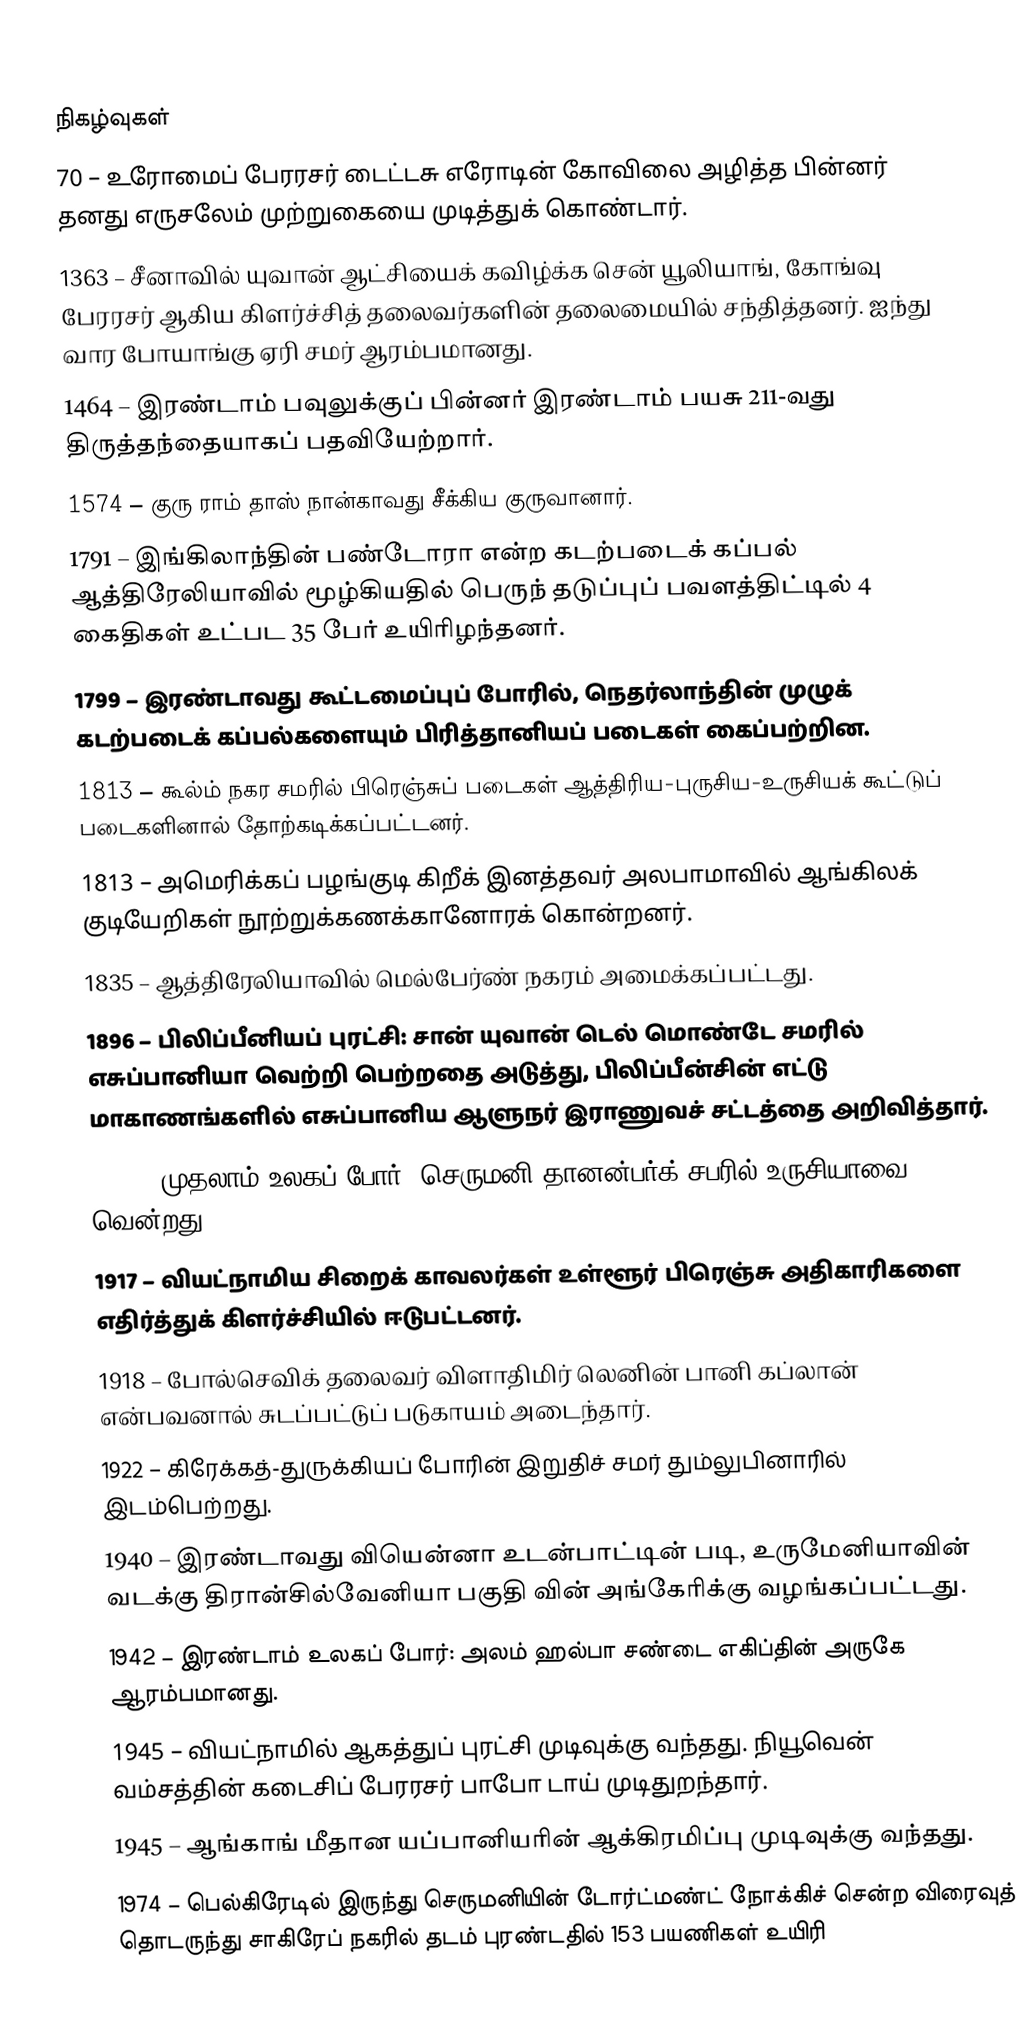

நிகழ்வுகள்
70 – உரோமைப் பேரரசர் டைட்டசு எரோடின் கோவிலை அழித்த பின்னர் தனது எருசலேம் முற்றுகையை முடித்துக் கொண்டார்.
1363 – சீனாவில் யுவான் ஆட்சியைக் கவிழ்க்க சென் யூலியாங், கோங்வு பேரரசர் ஆகிய கிளர்ச்சித் தலைவர்களின் தலைமையில் சந்தித்தனர். ஐந்து வார போயாங்கு ஏரி சமர் ஆரம்பமானது.
1464 – இரண்டாம் பவுலுக்குப் பின்னர் இரண்டாம் பயசு 211-வது திருத்தந்தையாகப் பதவியேற்றார்.
1574 – குரு ராம் தாஸ் நான்காவது சீக்கிய குருவானார்.
1791 – இங்கிலாந்தின் பண்டோரா என்ற கடற்படைக் கப்பல் ஆத்திரேலியாவில் மூழ்கியதில் பெருந் தடுப்புப் பவளத்திட்டில் 4 கைதிகள் உட்பட 35 பேர் உயிரிழந்தனர்.
1799 – இரண்டாவது கூட்டமைப்புப் போரில், நெதர்லாந்தின் முழுக் கடற்படைக் கப்பல்களையும் பிரித்தானியப் படைகள் கைப்பற்றின.
1813 – கூல்ம் நகர சமரில் பிரெஞ்சுப் படைகள் ஆத்திரிய-புருசிய-உருசியக் கூட்டுப் படைகளினால் தோற்கடிக்கப்பட்டனர்.
1813 – அமெரிக்கப் பழங்குடி கிறீக் இனத்தவர் அலபாமாவில் ஆங்கிலக் குடியேறிகள் நூற்றுக்கணக்கானோரக் கொன்றனர்.
1835 – ஆத்திரேலியாவில் மெல்பேர்ண் நகரம் அமைக்கப்பட்டது.
1896 – பிலிப்பீனியப் புரட்சி: சான் யுவான் டெல் மொண்டே சமரில் எசுப்பானியா வெற்றி பெற்றதை அடுத்து, பிலிப்பீன்சின் எட்டு மாகாணங்களில் எசுப்பானிய ஆளுநர் இராணுவச் சட்டத்தை அறிவித்தார்.
1914 – முதலாம் உலகப் போர்: செருமனி தானன்பர்க் சபரில் உருசியாவை வென்றது.
1917 – வியட்நாமிய சிறைக் காவலர்கள் உள்ளூர் பிரெஞ்சு அதிகாரிகளை எதிர்த்துக் கிளர்ச்சியில் ஈடுபட்டனர்.
1918 – போல்செவிக் தலைவர் விளாதிமிர் லெனின் பானி கப்லான் என்பவனால் சுடப்பட்டுப் படுகாயம் அடைந்தார்.
1922 – கிரேக்கத்-துருக்கியப் போரின் இறுதிச் சமர் தும்லுபினாரில் இடம்பெற்றது.
1940 – இரண்டாவது வியென்னா உடன்பாட்டின் படி, உருமேனியாவின் வடக்கு திரான்சில்வேனியா பகுதி வின் அங்கேரிக்கு வழங்கப்பட்டது.
1942 – இரண்டாம் உலகப் போர்: அலம் ஹல்பா சண்டை எகிப்தின் அருகே ஆரம்பமானது.
1945 – வியட்நாமில் ஆகத்துப் புரட்சி முடிவுக்கு வந்தது. நியூவென் வம்சத்தின் கடைசிப் பேரரசர் பாபோ டாய் முடிதுறந்தார்.
1945 – ஆங்காங் மீதான யப்பானியரின் ஆக்கிரமிப்பு முடிவுக்கு வந்தது.
1974 – பெல்கிரேடில் இருந்து செருமனியின் டோர்ட்மண்ட் நோக்கிச் சென்ற விரைவுத் தொடருந்து சாகிரேப் நகரில் தடம் புரண்டதில் 153 பயணிகள் உயிரி